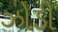
ઝોડી